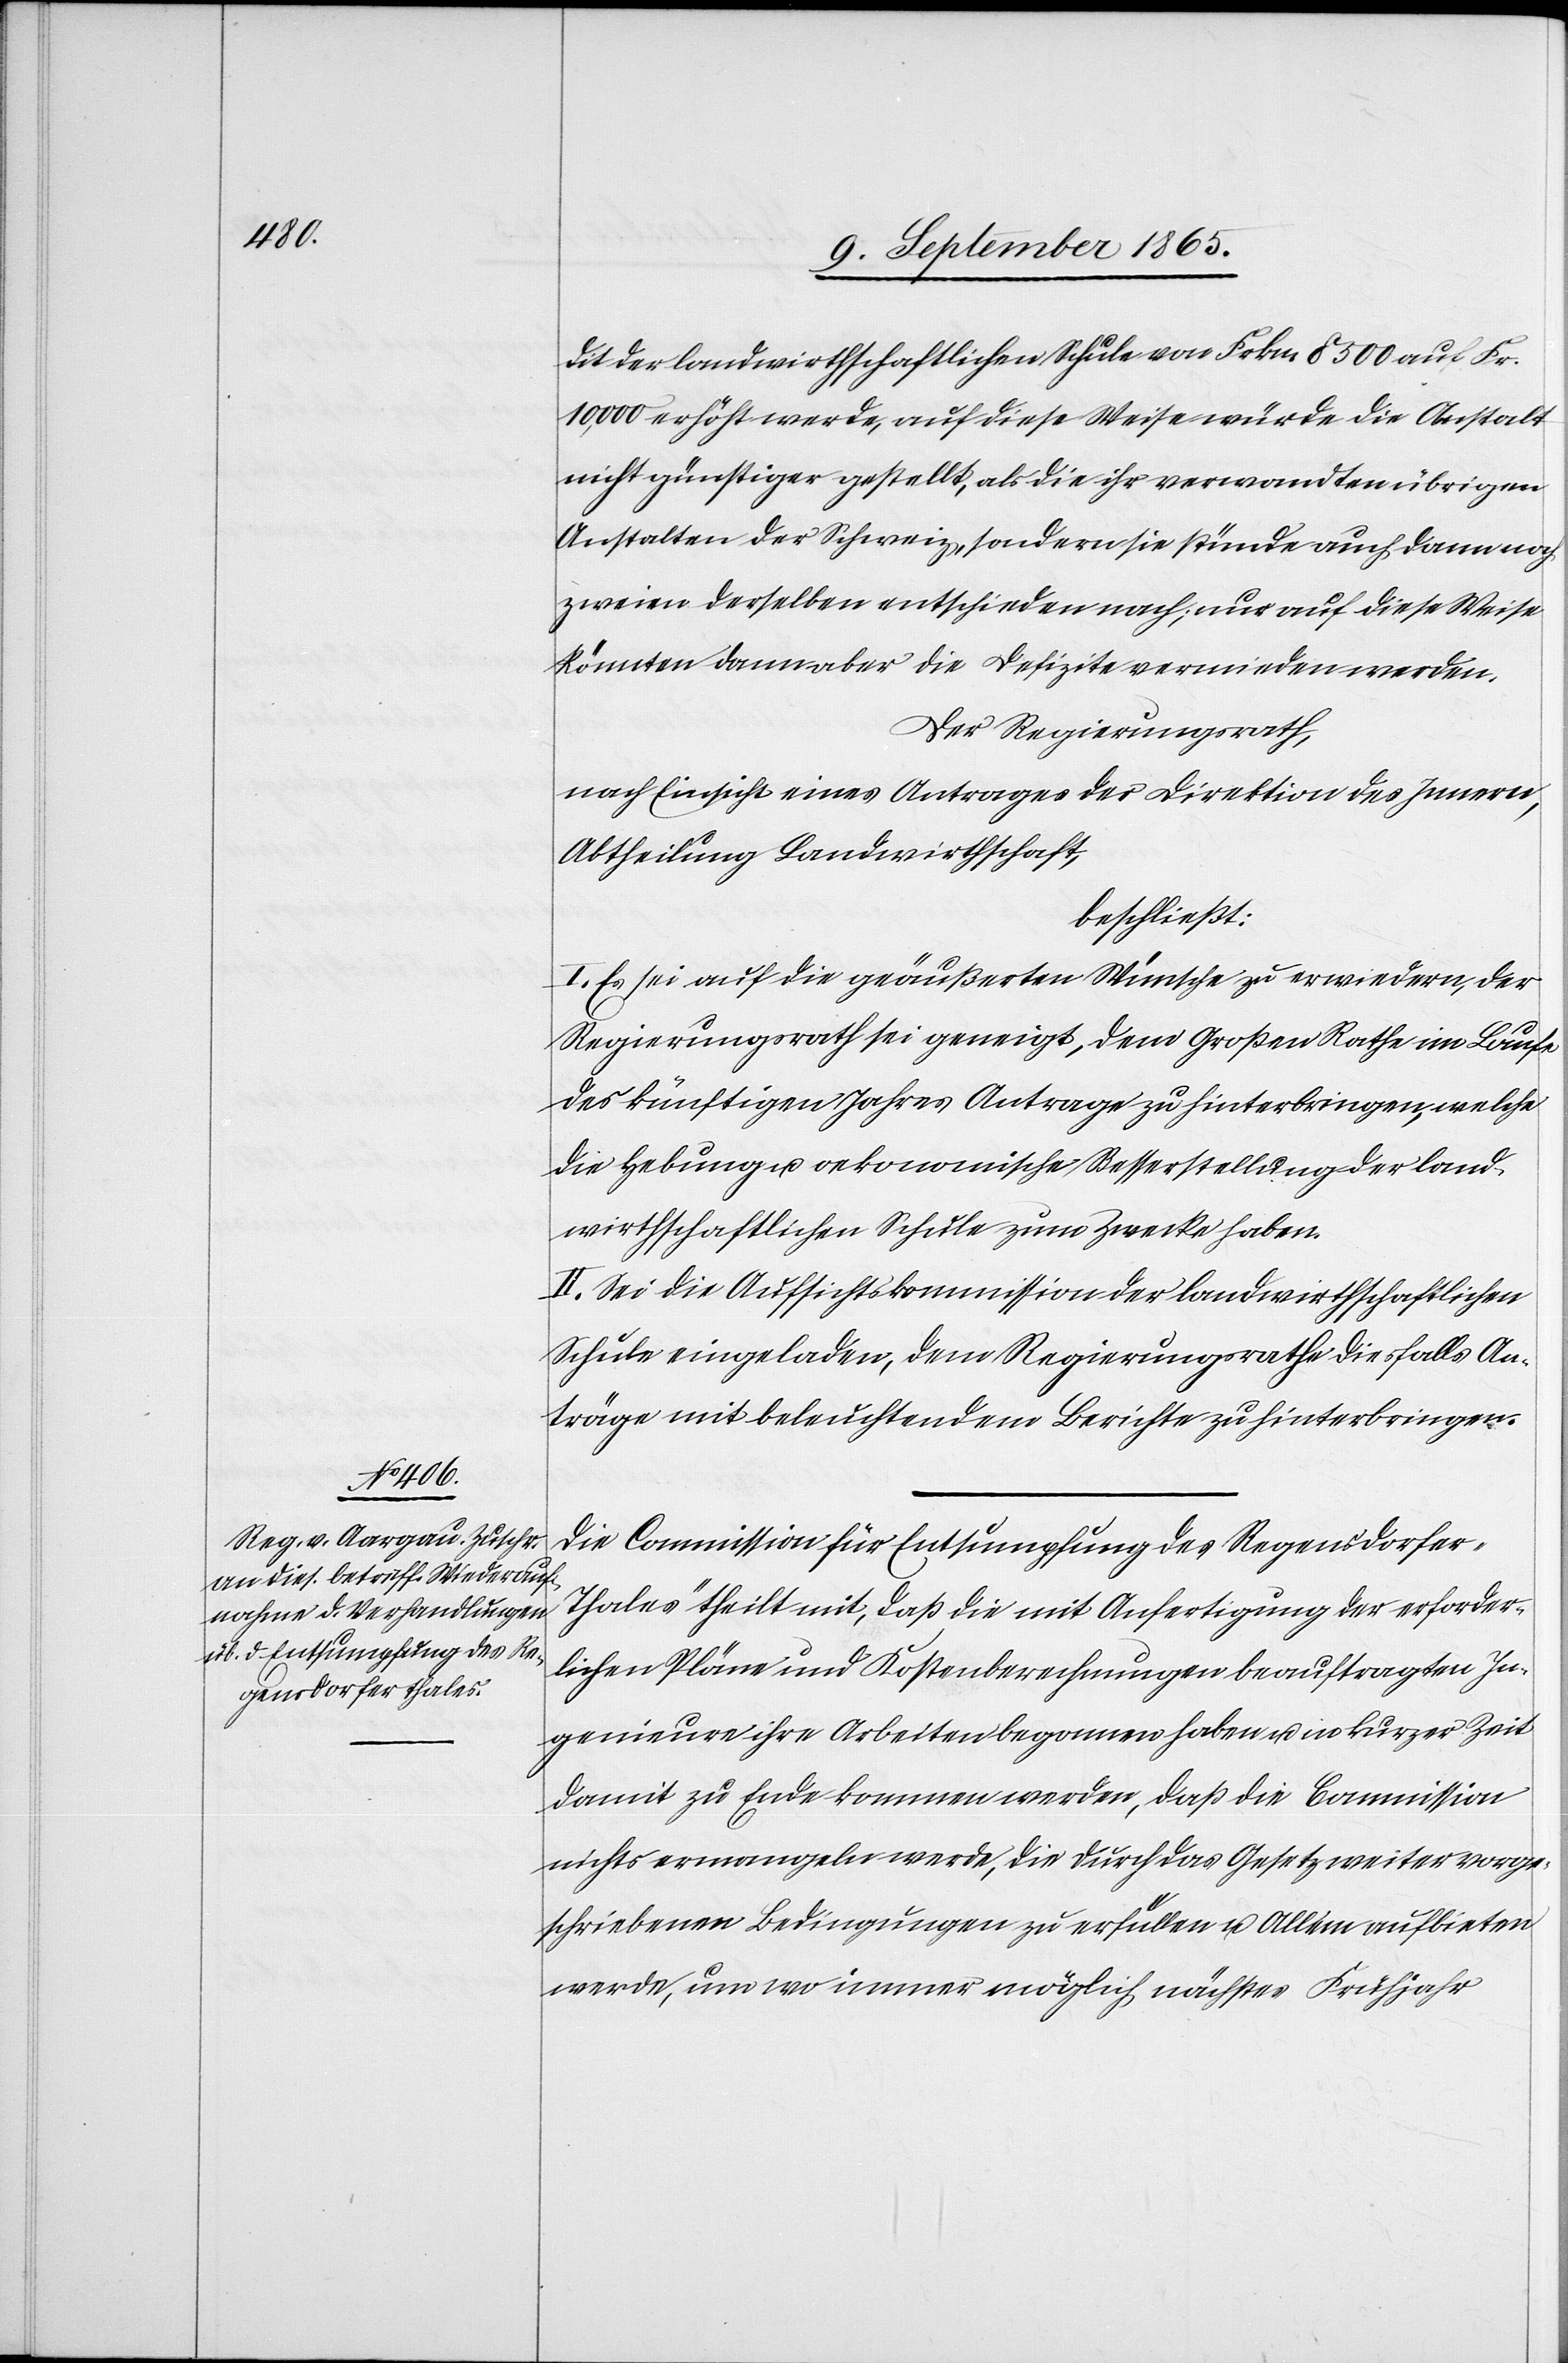
dit der landwirthschafltichen Schule von Frkn. 8500 auf Fr.
10,000 erhöht werde, auf diese Weise würde die Anstalt
nicht günstiger gestellt, als die ihr verwandten übrigen
Anstalten der Schweiz, sondern sie stünde auch dann noch
zweien derselben entschieden nach; nur auf diese Weise
könnten dann aber die Defizite vermieden werden.
Der Regierungsrath,
nach Einsicht eines Antrages der Direktion des Innern,
Abtheilung Landwirthschaft,
beschließt:
I. Es sei auf die geäußerten Wünsche zu erwiedern, der
Regierungsrath sei geneigt, dem Großen Rathe im Laufe
des künftigen Jahres Antrage zu hinterbringen, welche
die Hebung u. oekonomische Besserstellung der land¬
wirthschaftlichen Schule zum Zwecke haben.
II. Sei die Aufsichtskommission der landwirthschafltichen
Schule eingeladen, dem Regierungsrathe diesfalls An¬
träge mit beleuchtendem Berichte zu hinterbringen.
Die Commission für Entsumpfung des Regensdorfer-T¬
hales theilt mit, daß die mit Anfertigung der erforder¬
lichen Pläne und Kostenberechnungen beauftragten In¬
genieure ihre Arbeiten begonnen haben u. in kurzer Zeit
damit zu Ende kommen werden, daß die Commission
nichts ermangeln werde, die durch das Gesetz weiter vorge¬
schriebenen Bedingungen zu erfüllen u. Allem aufbieten
werde, um wo immer möglich nächstes Frühjahr